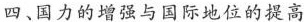
四、国力的增强与国际地位的提高